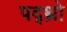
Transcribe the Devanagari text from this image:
पद्थ्रो